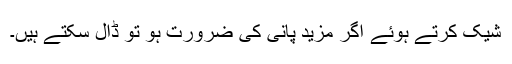
شیک کرتے ہوئے اگر مزید پانی کی ضرورت ہو تو ڈال سکتے ہیں۔